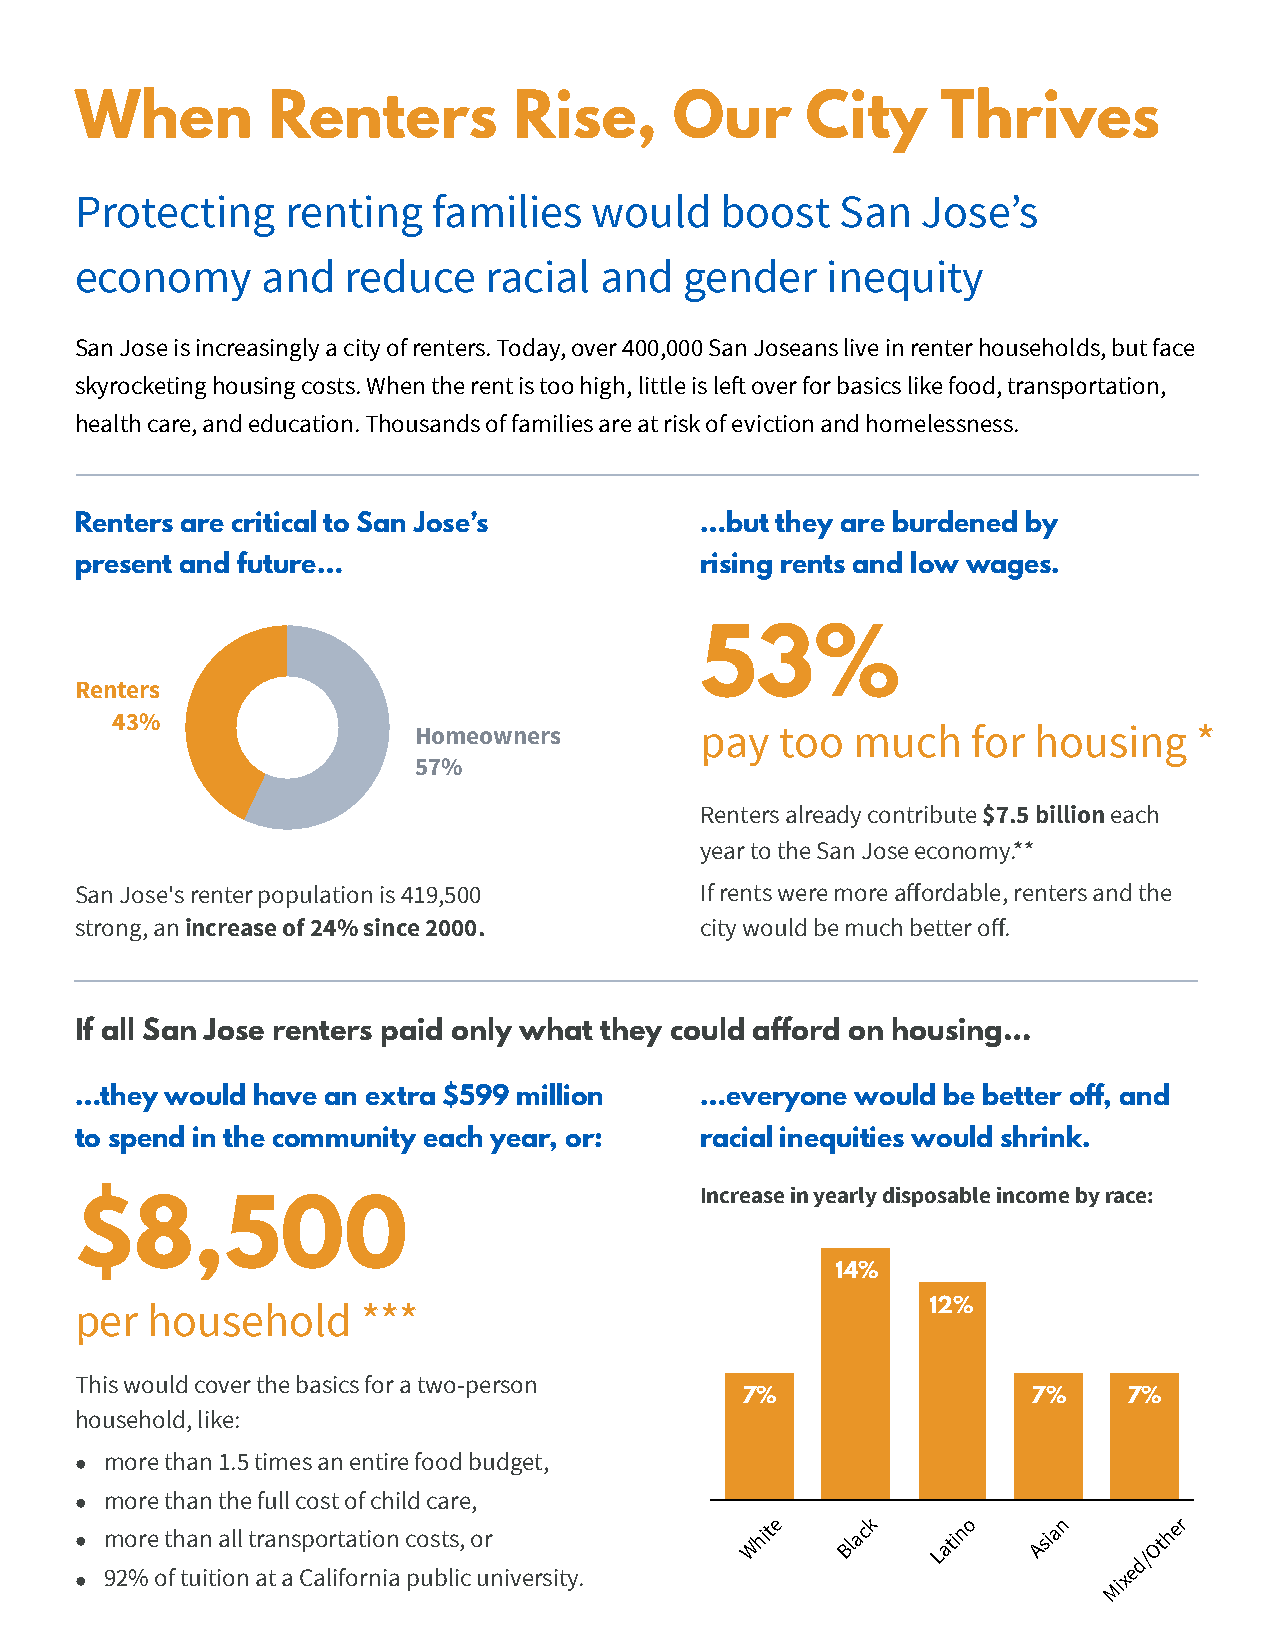
When         Renters         Rise,      Our     City     Thrives
 Protecting    renting   families  would    boost   San  Jose’s
 economy     and   reduce   racial  and  gender    inequity
 San Jose is increasingly a city of renters. Today, over 400,000 San Joseans live in renter households, but face
 skyrocketing housing costs. When the rent is too high, little is left over for basics like food, transportation,
 health care, and education. Thousands of families are at risk of eviction and homelessness.
 Renters are critical to San Jose’s       …but they are burdened by
 present and future…                      rising rents and low wages.
 53%
 Renters
 43%
 Homeowners         pay   too much    for housing    *
 57%
 Renters already contribute $7.5 billion each
 year to the San Jose economy.**
 San Jose's renter population is 419,500  If rents were more affordable, renters and the
 strong, an increase of 24% since 2000.   city would be much better off.
 If all San Jose renters paid only what they could afford on housing…
 …they would have an extra $599 million   …everyone  would be better off, and
 to spend in the community each year, or: racial inequities would shrink.
 Increase in yearly disposable income by race:
 $8,500
 14%
 per  household     ***                                   12%
 This would cover the basics for a two-person
 7%                 7%     7%
 household, like:
 • more than 1.5 times an entire food budget,
 • more than the full cost of child care,
 • more than all transportation costs, or
 White Black atino Asian   Other
 L            d/
 • 92% of tuition at a California public university.                  xe
 Mi